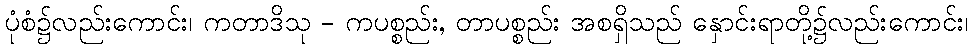
ပုံစံ၌လည်းကောင်း၊ ကတာဒိသု - ကပစ္စည်း, တာပစ္စည်း အစရှိသည် နှောင်းရာတို့၌လည်းကောင်း၊